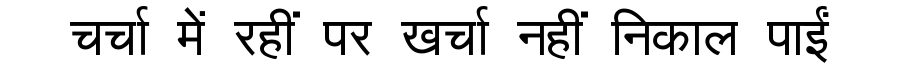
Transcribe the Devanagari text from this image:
चर्चा में रहीं पर खर्चा नहीं निकाल पाईं